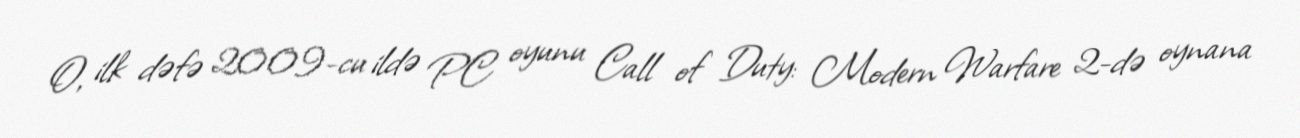
O, ilk dəfə 2009-cu ildə PC oyunu Call of Duty: Modern Warfare 2-də oynana